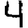
Digit: 4